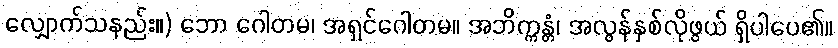
လျှောက်သနည်း။) ဘော ဂေါတမ၊ အရှင်ဂေါတမ။ အဘိက္ကန္တံ၊ အလွန်နှစ်လိုဖွယ် ရှိပါပေ၏။